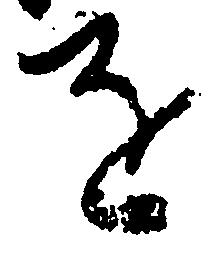
を